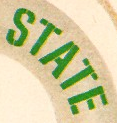
STATE